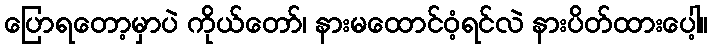
ပြောရတော့မှာပဲ ကိုယ်တော်၊ နားမထောင်ဝံ့ရင်လဲ နားပိတ်ထားပေါ့။